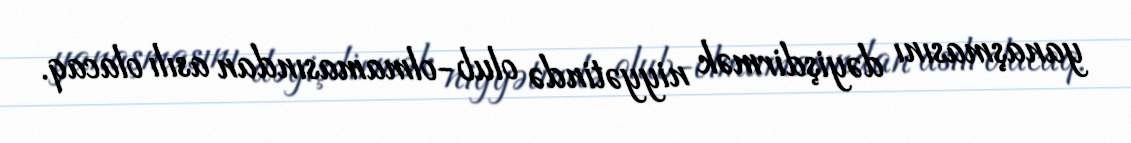
yanaşmasını dəyişdirmək niyyətində olub-olmamasından asılı olacaq.